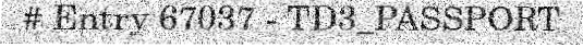
# Entry 67037 - TD3_PASSPORT